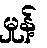
မှုန့်